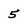
Character: 5